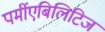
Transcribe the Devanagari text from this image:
पर्मीएबिलिटिज